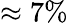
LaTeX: \approx 7\%